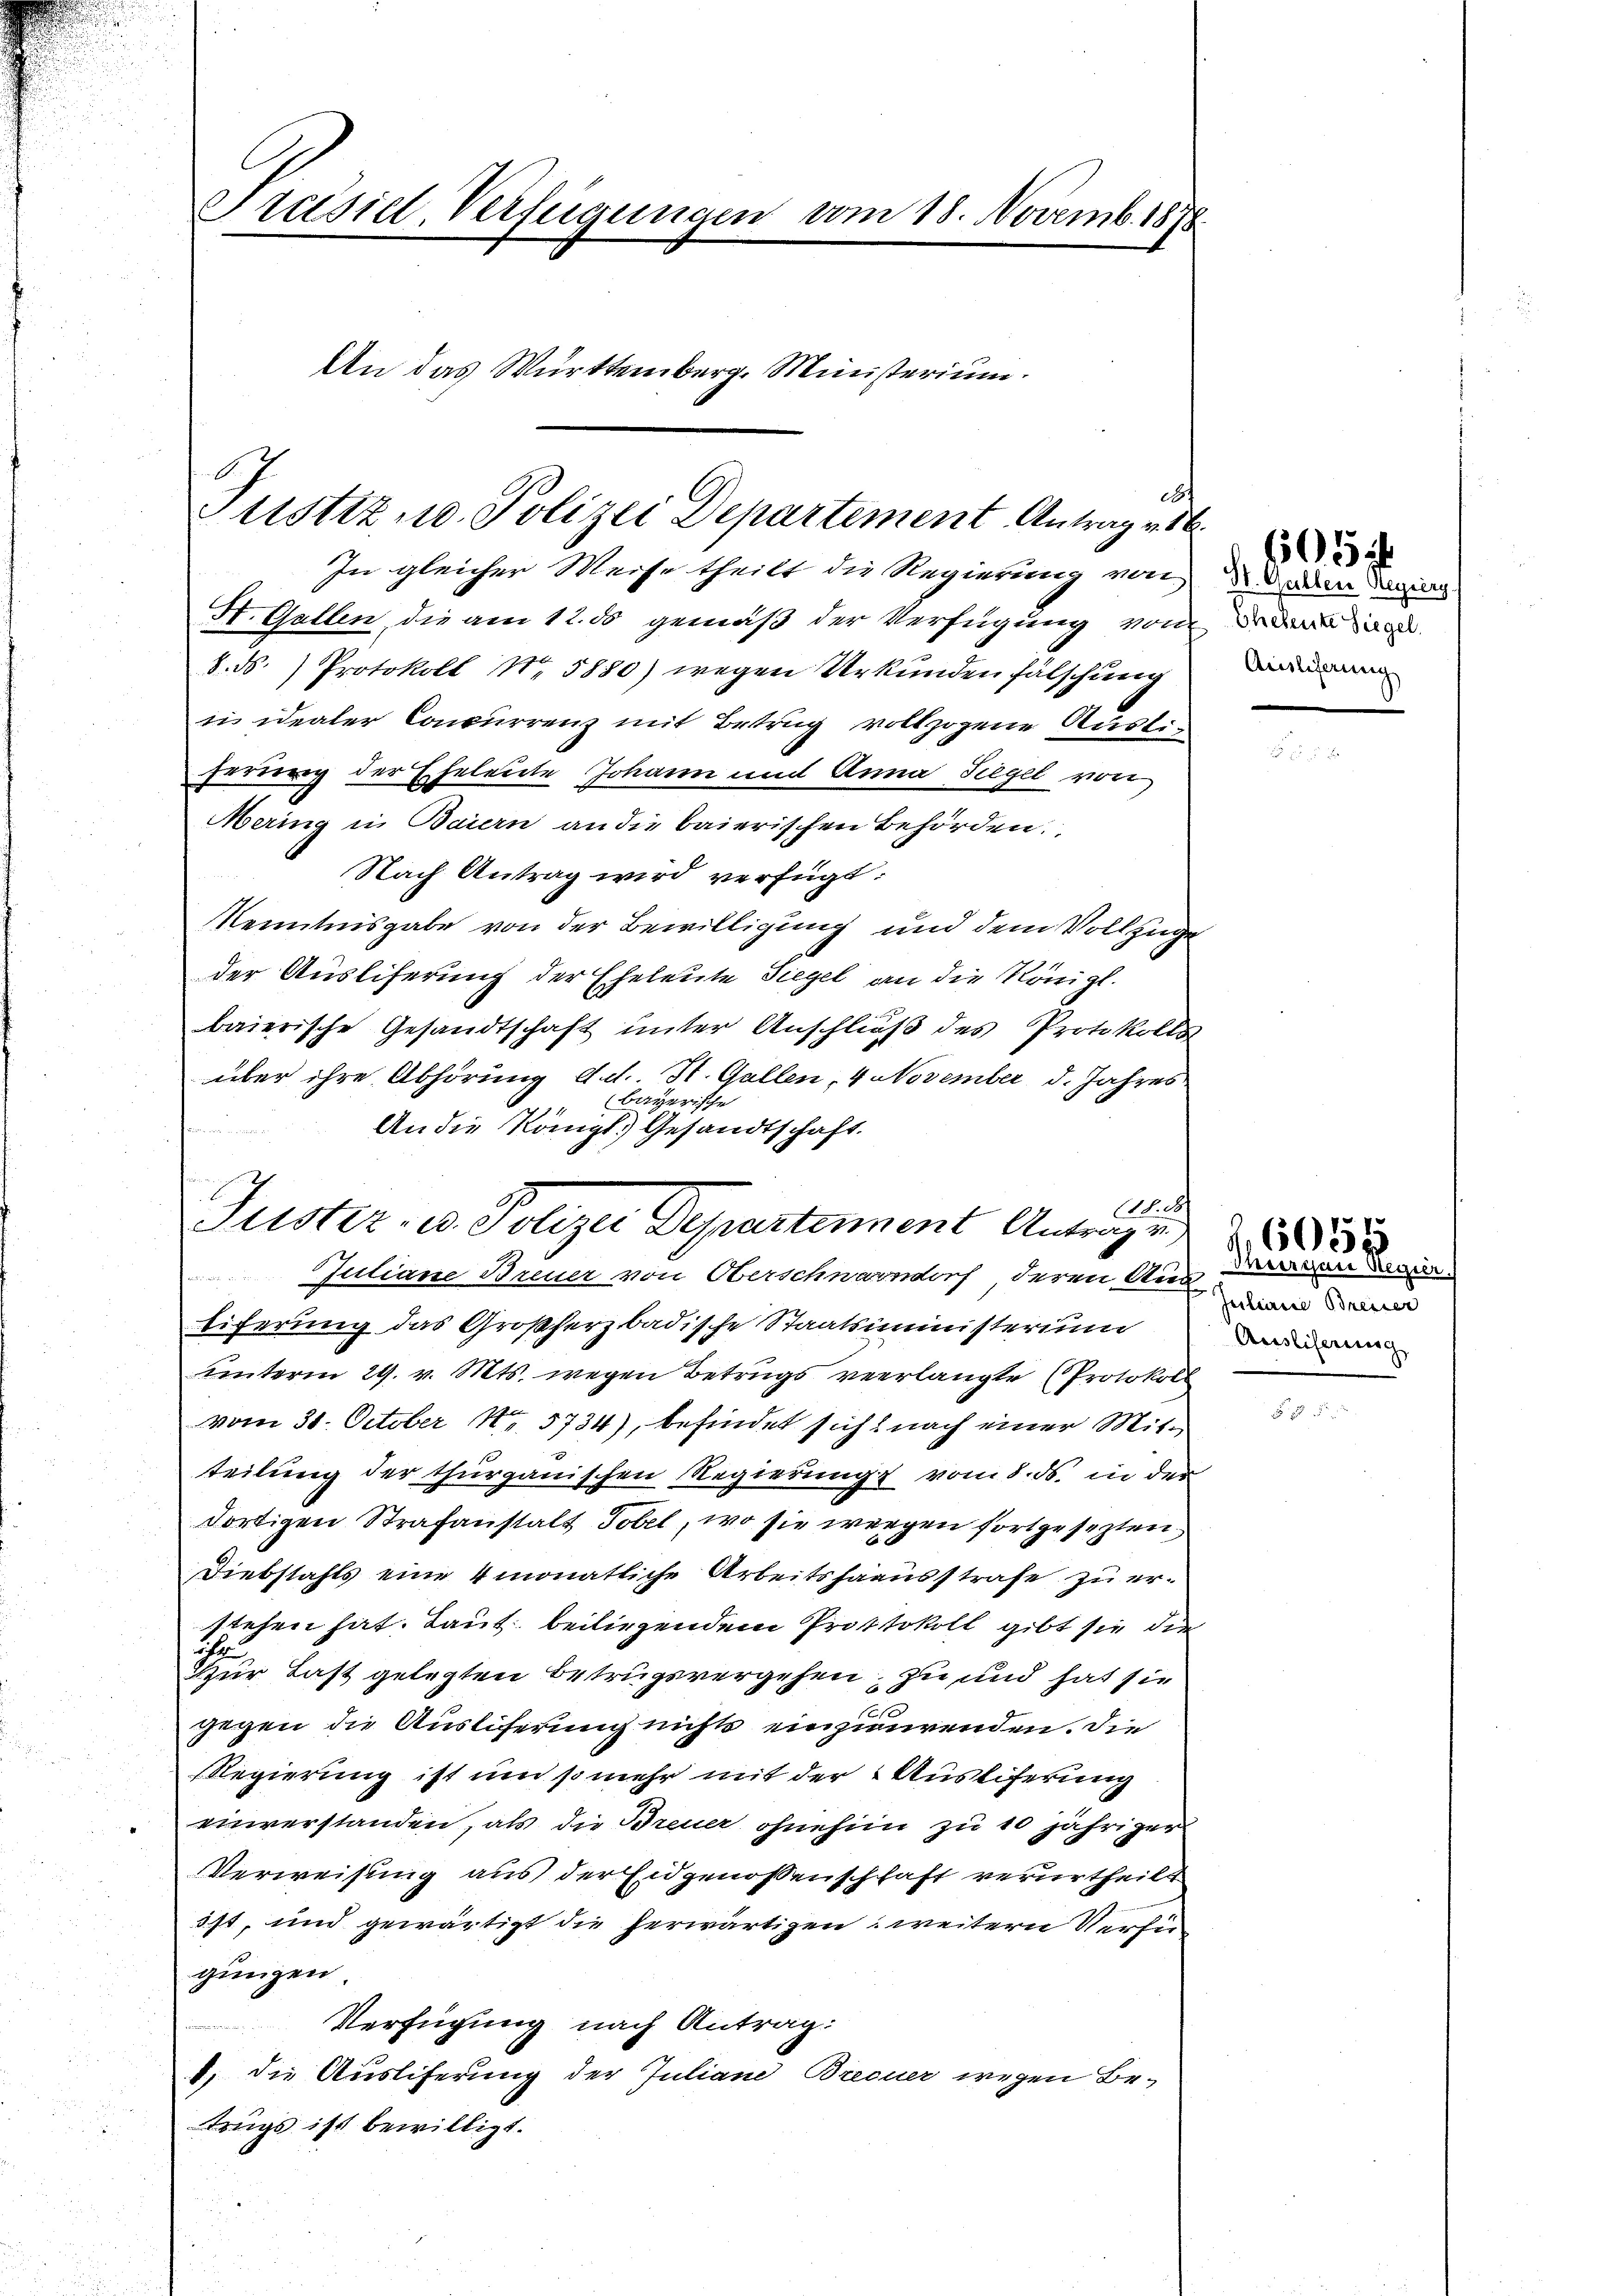
Präsidl-Verfügungen vom 18. Novemb. 1878
An das Württemberg. Ministerium.

Justiz u. Polizei Departement Antrag v. 16.
In gleicher Weise theilt die Regierung von
St. Gallen, die am 12. ds gemäß der Verfügung von

8. ds.) Protokoll No 5880) wegen Urkunden fälschung
in idealer Concurrenz mit Betrug vollzogene Austiherung der Eheleute Johann und Anna Siegel von
Mering in Baiern an die baierischen Behörden.
Nach Antrag wird verfügt:
Kenntnisgabe von der Bewilligung und dem Vollzuge
der Auslieferung der Eheleute Siegel an die Königl.
baierische Gesandtschaft unter Anschluß des Protokolls
über ihre Abhörung Ad. St. Gallen, 4 November d. Jahres
bayerische
An die Königl. Gesandtschaft.
Jutiane Breuer von Oberschwarndorf deren Aus
Eiferung das Großherzbadische Staatsministerium
unterm 29. v. Mts. wegen Betrugs verlangte (Protokol
vom 30. October 185734), befindet sich nach einer Mitteilung der thurgauischen Regierung vom 8. ds. in der
dortigen Strafanstalt Tobel, wo sie wegen fortgesezten,
Diebstahls eine 4 monatliche Arbeitshaausstrafe zu erstehen hat. Laut beiliegendem Protokoll gibt sie die
ih
Zur Last gelegten Betrugsvergehen, zu und hat sie
gegen die Ausliferung nichts einzuwenden. Die
Regierung ist um so mehr mit der Auslieferung
einverstanden, als die Breuer ohnehin zu 10 jähriger
Verweisung aus der Eidgenossenschhaft verurtheilt
ist, und gewärtigt die herwärtigen, weitern Verfü
gungen.
Verfügung nach Antrag:
1, die Ausliferung der Juliane Breeuer wegen Be-
trugs ist bewilligt.

N. 28/
Justiz- u. Polizei Departement Antrage

ebt

605
St. Gallen Regiery
Eheleute Siegel.
u
Auslieferung

dherrisare Regier
Juiliarie Brenner
Ausliserung

,6054